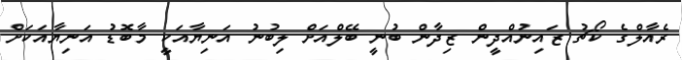
ރެއާލްގެ ކޯޗު ޒައިނުއްދީން ޒިދާން ބުނީ ބޭލްއަށް ލިބުނު އަނިޔާއަކީ މާބޮޑު އަނިޔާއަކަށް